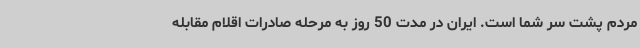
مردم پشت سر شما است. ایران در مدت 50 روز به مرحله صادرات اقلام مقابله